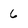
Character: 6